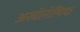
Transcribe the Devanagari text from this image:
अस्त्रोनोमिया